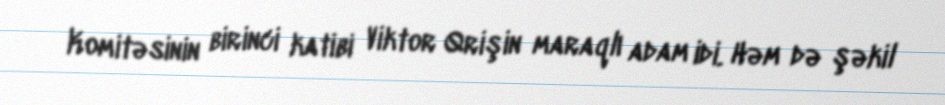
Komitəsinin birinci katibi Viktor Qrişin maraqlı adam idi. Həm də şəkil